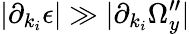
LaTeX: |\partial_{k_{i}}\epsilon|\gg|\partial_{k_{i}}\Omega_{y}^{\prime\prime}|